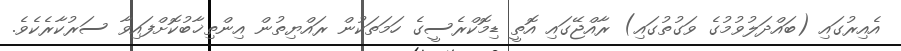
އެއިރުގައި (ބައްދަލުވުމުގެ ވަގުތުގައި) ރާއްޖޭގައި އޮތީ ޑިމޮކްރެސީގެ ހަމަތަކުން ރައްޔިތުން އިންތިޚާބުކޮށްފައިވާ ސަރުކާރެކެވެ.